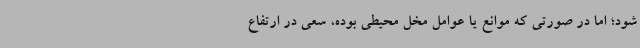
شود؛ اما در صورتی که موانع یا عوامل مخل محیطی بوده، سعی در ارتفاع